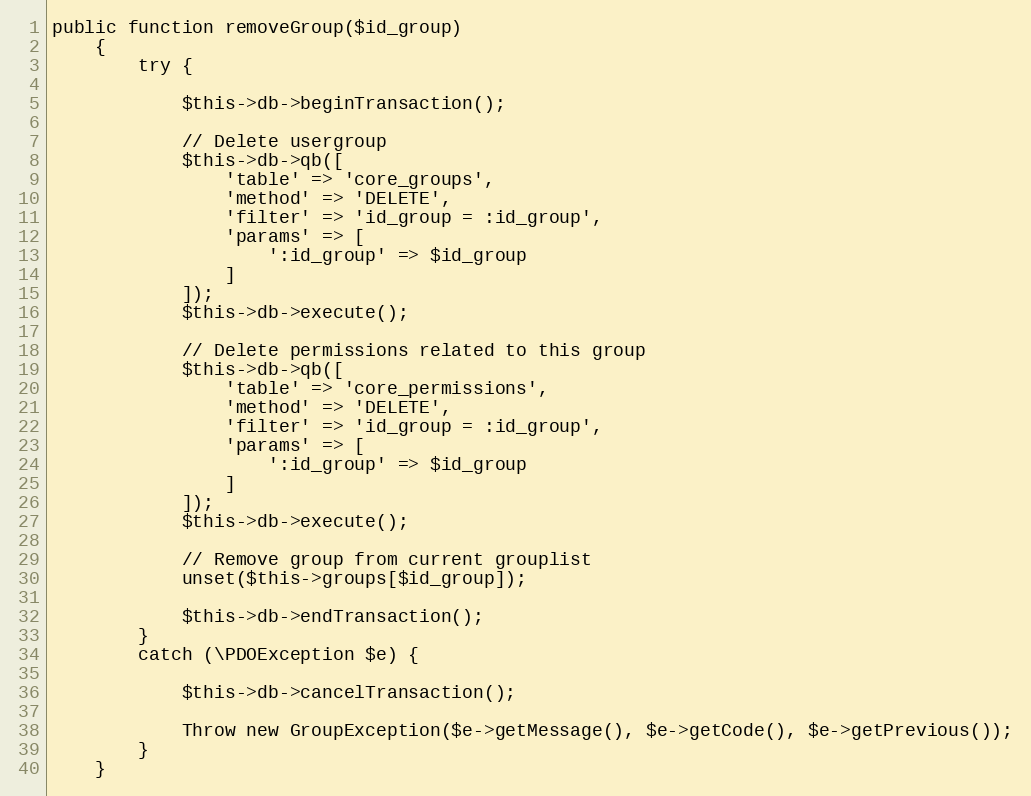
Language: PHP
public function removeGroup($id_group)
    {
        try {

            $this->db->beginTransaction();

            // Delete usergroup
            $this->db->qb([
                'table' => 'core_groups',
                'method' => 'DELETE',
                'filter' => 'id_group = :id_group',
                'params' => [
                    ':id_group' => $id_group
                ]
            ]);
            $this->db->execute();

            // Delete permissions related to this group
            $this->db->qb([
                'table' => 'core_permissions',
                'method' => 'DELETE',
                'filter' => 'id_group = :id_group',
                'params' => [
                    ':id_group' => $id_group
                ]
            ]);
            $this->db->execute();

            // Remove group from current grouplist
            unset($this->groups[$id_group]);

            $this->db->endTransaction();
        }
        catch (\PDOException $e) {

            $this->db->cancelTransaction();

            Throw new GroupException($e->getMessage(), $e->getCode(), $e->getPrevious());
        }
    }